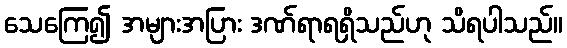
သေကြေ၍ အများအပြား ဒဏ်ရာရရှိသည်ဟု သိရပါသည်။